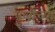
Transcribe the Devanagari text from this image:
पुलीच्या